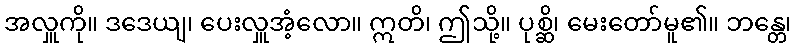
အလှူကို။ ဒဒေယျ၊ ပေးလှူအံ့လော။ ဣတိ၊ ဤသို့။ ပုစ္ဆိ၊ မေးတော်မူ၏။ ဘန္တေ၊